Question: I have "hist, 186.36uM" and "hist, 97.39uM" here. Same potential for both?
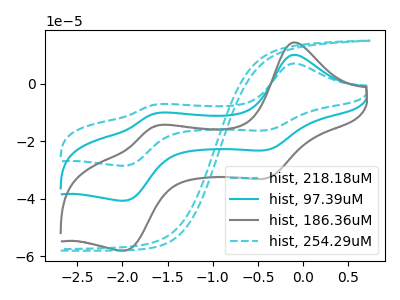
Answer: <think>The cyan dashed curve "hist, 218.18uM" has anodic peaks at (-0.10V, 20.05uA) (-1.65V, -20.70uA) and cathodic peaks at (-0.40V, -46.20uA) (-1.95V, -81.25uA). The cyan curve "hist, 97.39uM" has anodic peaks at (-0.10V, 10.05uA) (-1.65V, -10.35uA) and cathodic peaks at (-0.40V, -23.10uA) (-1.95V, -40.65uA). The gray curve "hist, 186.36uM" has anodic peaks at (-0.10V, 14.30uA) (-1.65V, -14.75uA) and cathodic peaks at (-0.40V, -32.95uA) (-1.95V, -58.00uA). The cyan dashed curve "hist, 254.29uM" has no peaks.
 All the peaks in "hist, 186.36uM" have a peak in "hist, 97.39uM" at the same potential.</think>
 <answer>"hist, 186.36uM" and "hist, 97.39uM" are similar in shape.</answer>
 <eval>same_shape</eval>